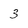
Character: 3